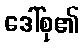
ဒေါ်စု၏